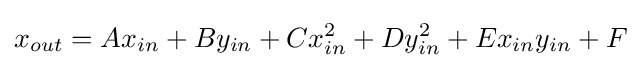
x_{out}=Ax_{in}+By_{in}+Cx_{in}^{2}+Dy_{in}^{2}+Ex_{in}y_{in}+F